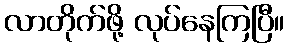
လာတိုက်ဖို့ လုပ်နေကြပြီ။